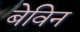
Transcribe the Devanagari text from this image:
बेविन